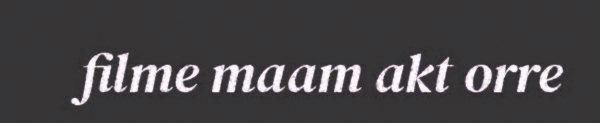
filme maam akt orre